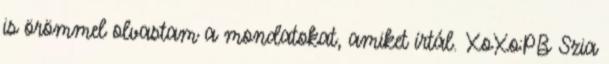
is örömmel olvastam a mondatokat, amiket írtál. XoXo:PB Szia